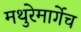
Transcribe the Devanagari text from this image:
मथुरेमार्गेच